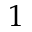
1